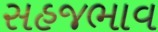
સહજભાવ